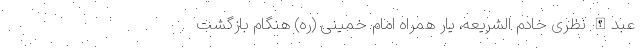
عبدالله نظری خادم الشریعه، یار همراه امام خمینی (ره) هنگام بازگشت